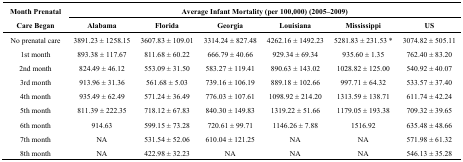
<table><thead><tr><td rowspan="2"><b>Month Prenatal Care Began</b></td><td colspan="6"><b>Average Infant Mortality (per 100,000) (2005–2009)</b></td></tr><tr><td><b>Alabama</b></td><td><b>Florida</b></td><td><b>Georgia</b></td><td><b>Louisiana</b></td><td><b>Mississippi</b></td><td><b>US</b></td></tr></thead><tbody><tr><td>No prenatal care</td><td>3891.23 ± 1258.15</td><td>3607.83 ± 109.01</td><td>3314.24 ± 827.48</td><td>4262.16 ± 1492.23</td><td>5281.83 ± 231.53 *</td><td>3074.82 ± 505.11</td></tr><tr><td>1st month</td><td>893.38 ± 117.67</td><td>811.68 ± 60.22</td><td>666.79 ± 40.66</td><td>929.34 ± 69.34</td><td>935.60 ± 1.35</td><td>762.40 ± 83.20</td></tr><tr><td>2nd month</td><td>824.49 ± 46.12</td><td>553.09 ± 31.50</td><td>583.27 ± 119.41</td><td>890.63 ± 143.02</td><td>1028.82 ± 125.00</td><td>540.92 ± 40.07</td></tr><tr><td>3rd month</td><td>913.96 ± 31.36</td><td>561.68 ± 5.03</td><td>739.16 ± 106.19</td><td>889.18 ± 102.66</td><td>997.71 ± 64.32</td><td>533.57 ± 37.40</td></tr><tr><td>4th month</td><td>935.49 ± 62.49</td><td>571.24 ± 36.49</td><td>776.03 ± 107.61</td><td>1098.92 ± 214.20</td><td>1313.59 ± 138.71</td><td>611.74 ± 42.24</td></tr><tr><td>5th month</td><td>811.39 ± 222.35</td><td>718.12 ± 67.83</td><td>840.30 ± 149.83</td><td>1319.22 ± 51.66</td><td>1179.05 ± 193.38</td><td>709.32 ± 39.65</td></tr><tr><td>6th month</td><td>914.63</td><td>599.15 ± 73.28</td><td>720.61 ± 99.71</td><td>1146.26 ± 7.88</td><td>1516.92</td><td>635.48 ± 48.66</td></tr><tr><td>7th month</td><td>NA</td><td>531.54 ± 52.06</td><td>610.04 ± 121.25</td><td>NA</td><td>NA</td><td>571.98 ± 61.32</td></tr><tr><td>8th month</td><td>NA</td><td>422.98 ± 32.23</td><td>NA</td><td>NA</td><td>NA</td><td>546.13 ± 35.28</td></tr></tbody></table>